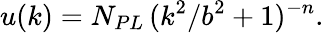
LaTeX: u(k)=N_{PL}\, {(k^{2}/b^{2}+1)^{-n}}.